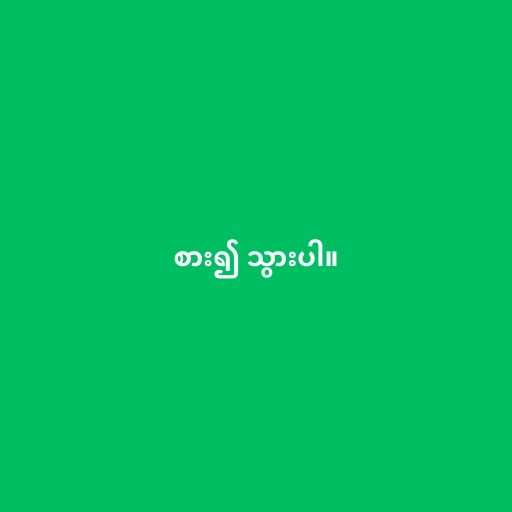
စား၍ သွားပါ။